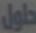
حاول